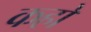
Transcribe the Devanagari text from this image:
कहों